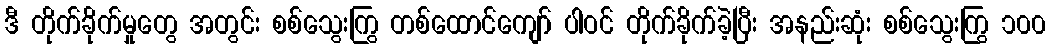
ဒီ တိုက်ခိုက်မှုတွေ အတွင်း စစ်သွေးကြွ တစ်ထောင်ကျော် ပါဝင် တိုက်ခိုက်ခဲ့ပြီး အနည်းဆုံး စစ်သွေးကြွ ၁၀၀